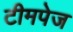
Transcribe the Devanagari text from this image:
टीमपेज